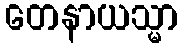
တေနာယသ္မာ